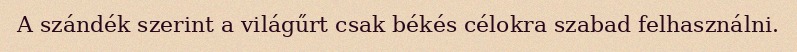
A szándék szerint a világűrt csak békés célokra szabad felhasználni.